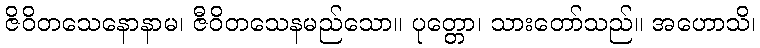
ဇိဝိတသေနောနာမ၊ ဇီဝိတသေနမည်သော။ ပုတ္တော၊ သားတော်သည်။ အဟောသိ၊